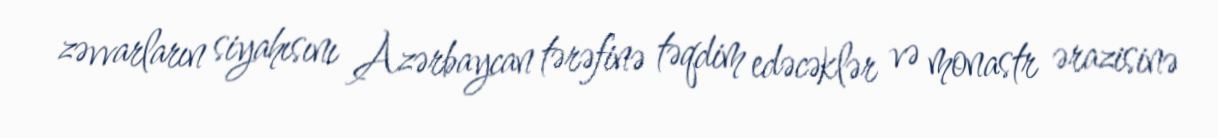
zəvvarların siyahısını Azərbaycan tərəfinə təqdim edəcəklər və monastr ərazisinə